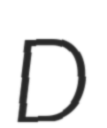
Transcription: D